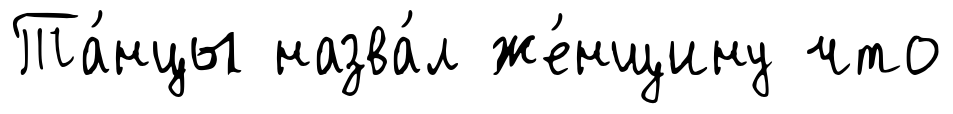
Та́нцы назва́л же́нщину что